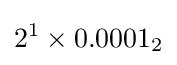
2^{1}\times 0.0001_{2}